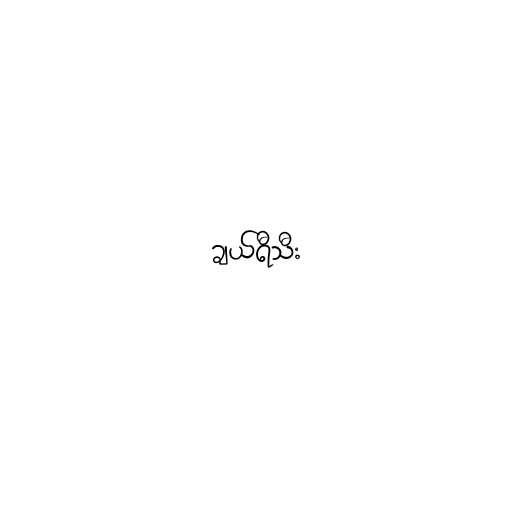
ချယ်ရီသီး